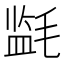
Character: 𰚪